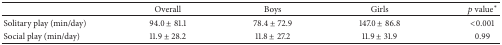
|  | Overall | Boys | Girls | p value∗ |
 | --- | --- | --- | --- | --- |
 | Solitary play (min/day) | 94.0 ± 81.1 | 78.4 ± 72.9 | 147.0 ± 86.8 | <0.001 |
 | Social play (min/day) | 11.9 ± 28.2 | 11.8 ± 27.2 | 11.9 ± 31.9 | 0.99 |